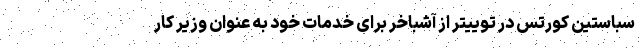
سباستین کورتس در توییتر از آشباخر برای خدمات خود به عنوان وزیر کار